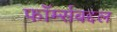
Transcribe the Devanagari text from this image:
फॉर्म्सबद्दल